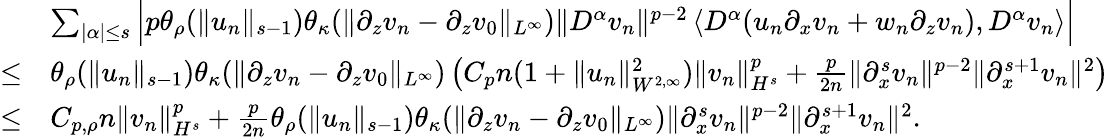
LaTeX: \begin{array}{rl}&{\sum_{|\alpha|\leq s}\Big|p\theta_{\rho}(\| u_{n}\| _{s-1})\theta_{\kappa}(\| \partial_{z}v_{n}-\partial_{z}v_{0}\| _{L^{\infty}})\| D^{\alpha}v_{n}\| ^{p-2}\left\langle D^{\alpha}(u_{n}\partial_{x}v_{n}+w_{n}\partial_{z}v_{n}),D^{\alpha}v_{n}\right\rangle\Big|}\\ {\leq}&{\theta_{\rho}(\| u_{n}\| _{s-1})\theta_{\kappa}(\| \partial_{z}v_{n}-\partial_{z}v_{0}\| _{L^{\infty}})\left(C_{p}n(1+\| u_{n}\| _{W^{2,\infty}}^{2})\| v_{n}\| _{H^{s}}^{p}+\frac p{2n}\| \partial_{x}^{s}v_{n}\| ^{p-2}\| \partial_{x}^{s+1}v_{n}\| ^{2}\right)}\\ {\leq}&{C_{p,\rho}n\| v_{n}\| _{H^{s}}^{p}+\frac p{2n}\theta_{\rho}(\| u_{n}\| _{s-1})\theta_{\kappa}(\| \partial_{z}v_{n}-\partial_{z}v_{0}\| _{L^{\infty}})\| \partial_{x}^{s}v_{n}\| ^{p-2}\| \partial_{x}^{s+1}v_{n}\| ^{2}.}\end{array}